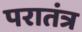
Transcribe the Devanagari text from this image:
परातंत्र